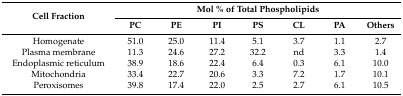
<table><thead><tr><td rowspan="2"><b>Cell Fraction</b></td><td colspan="7"><b>Mol % of Total Phospholipids</b></td></tr><tr><td><b>PC</b></td><td><b>PE</b></td><td><b>PI</b></td><td><b>PS</b></td><td><b>CL</b></td><td><b>PA</b></td><td><b>Others</b></td></tr></thead><tbody><tr><td>Homogenate</td><td>51.0</td><td>25.0</td><td>11.4</td><td>5.1</td><td>3.7</td><td>1.1</td><td>2.7</td></tr><tr><td>Plasma membrane</td><td>11.3</td><td>24.6</td><td>27.2</td><td>32.2</td><td>nd</td><td>3.3</td><td>1.4</td></tr><tr><td>Endoplasmic reticulum</td><td>38.9</td><td>18.6</td><td>22.4</td><td>6.4</td><td>0.3</td><td>6.1</td><td>10.0</td></tr><tr><td>Mitochondria</td><td>33.4</td><td>22.7</td><td>20.6</td><td>3.3</td><td>7.2</td><td>1.7</td><td>10.1</td></tr><tr><td>Peroxisomes</td><td>39.8</td><td>17.4</td><td>22.0</td><td>2.5</td><td>2.7</td><td>6.1</td><td>10.5</td></tr></tbody></table>